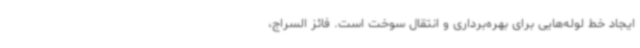
ایجاد خط لوله‌هایی برای بهره‌برداری و انتقال سوخت است. فائز السراج،